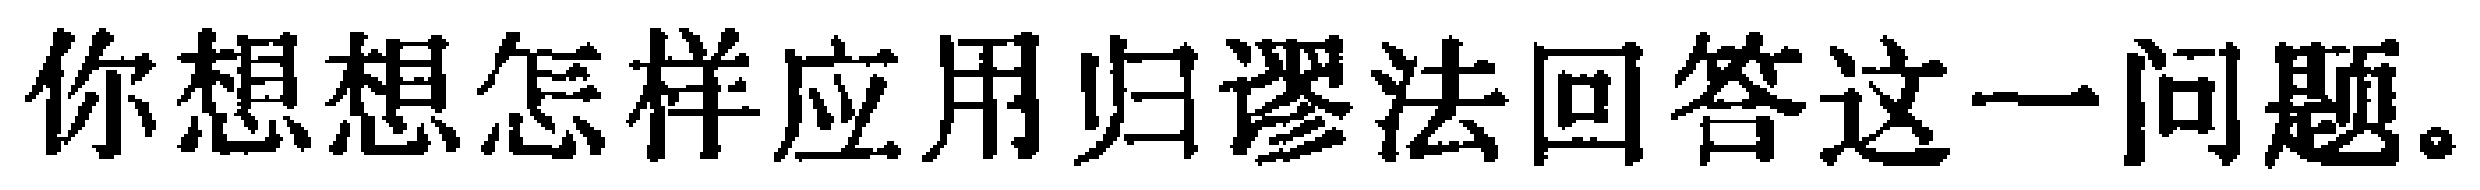
你想想怎样应用归谬法回答这一问题。